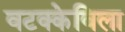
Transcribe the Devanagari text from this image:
वटक्केविला